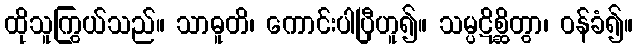
ထိုသူကြွယ်သည်။ သာဓူတိ၊ ကောင်းပါပြီဟူ၍။ သမ္ပဋိစ္ဆိတွာ၊ ဝန်ခံ၍။